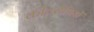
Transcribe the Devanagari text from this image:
कीटरोधियों